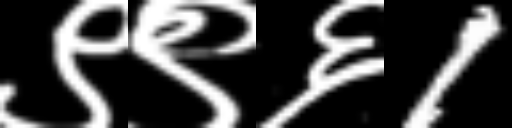
Text: ९९६1